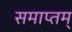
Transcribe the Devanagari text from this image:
समाप्तम्‌